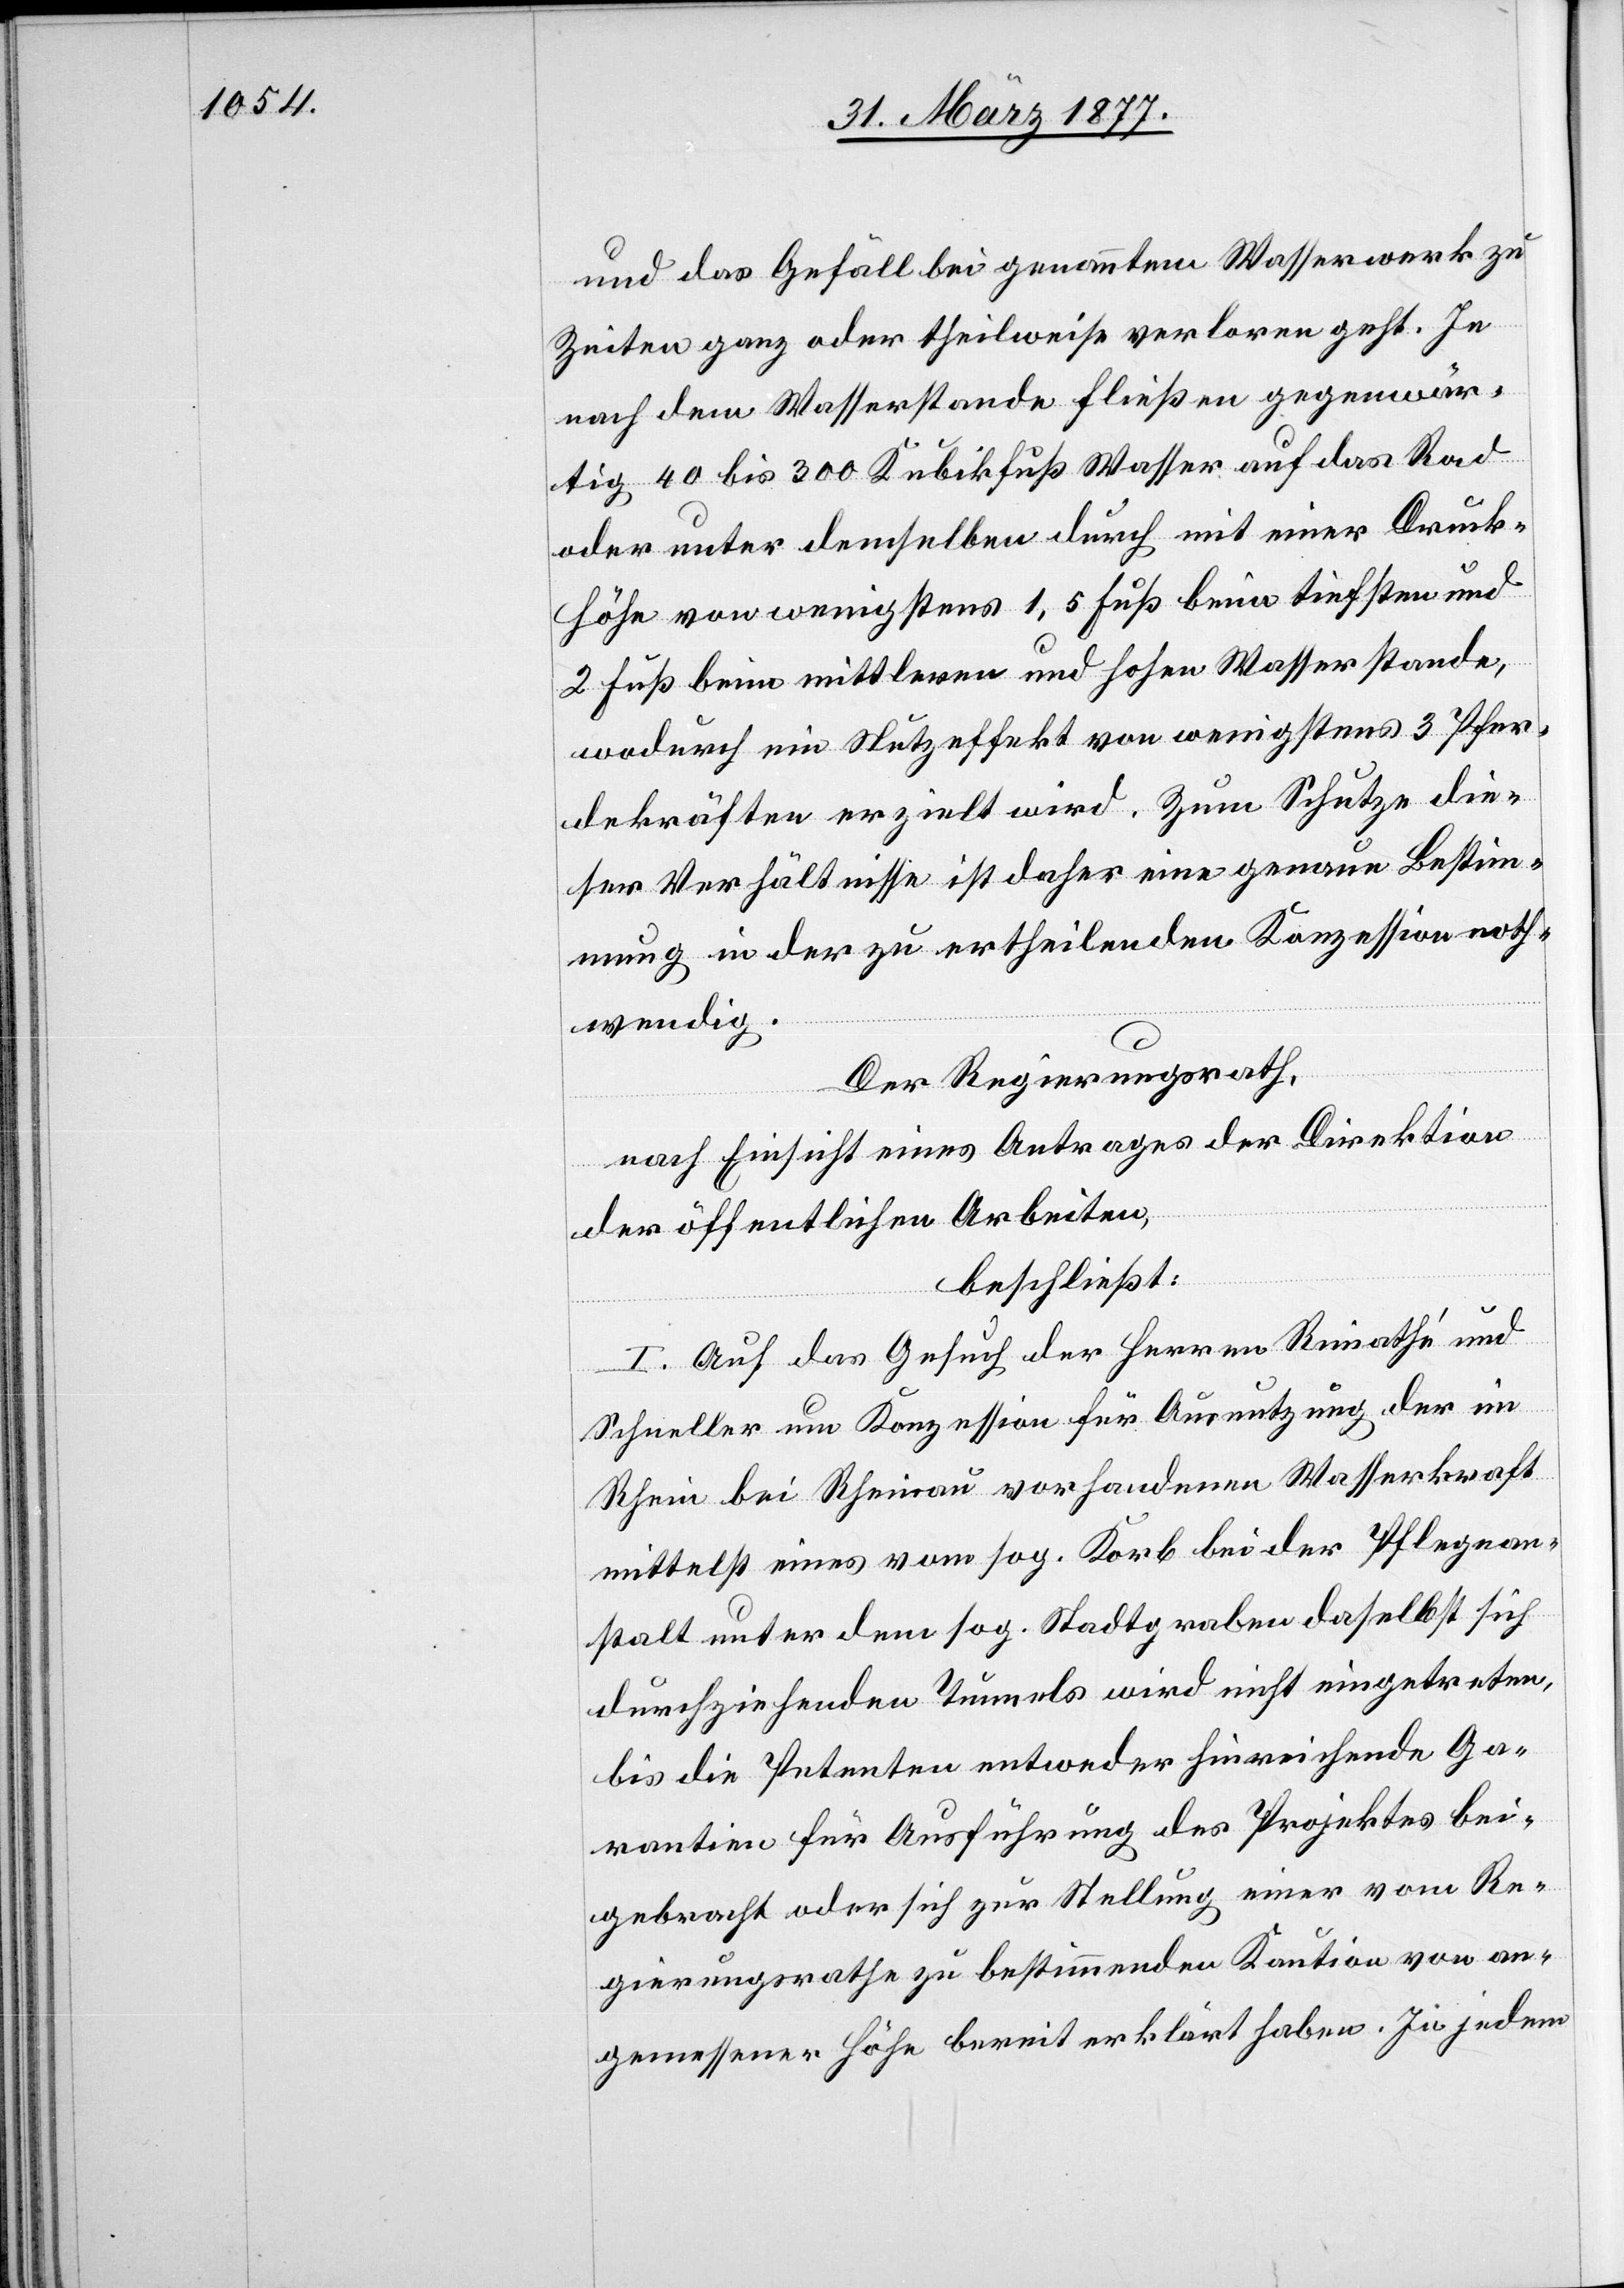
und das Gefäll bei genanntem Wasserwerk zu
Zeiten ganz oder theilweise verloren geht. Je
nach dem Wasserstande fließen gegenwär¬
tig 40 bis 300 Kubikfuß Wasser auf das Rad
oder unter demselben durch mit einer Druck¬
höhe von wenigstens 1,5 Fuß beim tiefsten und
2 Fuß beim mittleren und hohen Wasserstande,
wodurch ein Nutzeffekt von wenigstens 3 Pfer¬
dekräften erzielt wird. Zum Schutze die¬
ser Verhältnisse ist daher eine genaue Bestim¬
mung in der zu ertheilenden Konzession noth¬
wendig.
Der Regierungsrath,
nach Einsicht eines Antrages der Direktion
der öffentlichen Arbeiten,
beschließt:
I. Auf das Gesuch der Herren Rimathé und
Schneller um Konzession für Ausnutzung der im
Rhein bei Rheinau vorhandenen Wasserkraft
mittelst eines vom sog. Korb bei der Pflegean¬
stalt unter dem sog. Stadtgraben daselbst sich
durchziehenden Tunnels wird nicht eingetreten,
bis die Petenten entweder hinreichende Ga¬
rantie für Ausführung des Projektes bei¬
gebracht oder sich zur Stellung einer vom Re¬
gierungsrathe zu bestimmenden Kaution an¬
gemessener Höhe bereit erklärt haben. In jedem